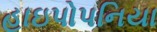
હાઇપોપનિયા